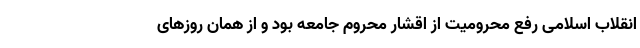
انقلاب اسلامی رفع محرومیت از اقشار محروم جامعه بود و از همان روزهای